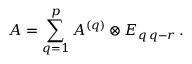
A = \sum _ { q = 1 } ^ { p } A ^ { ( q ) } \otimes E _ { q \, q - r } \, .